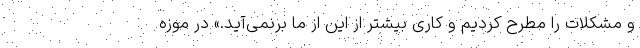
و مشکلات را مطرح کردیم و کاری بیشتر از این از ما برنمی‌آید.» در موزه